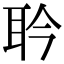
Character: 耹